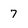
Character: 7